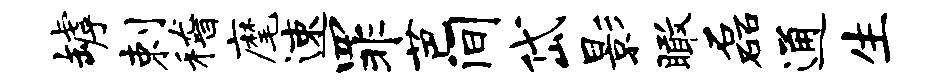
罅剌稽麾速罪芭间岱影瞰磊通生